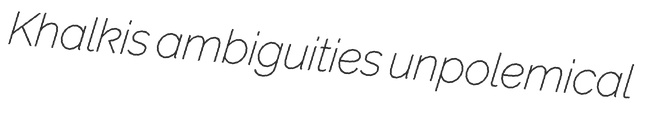
Khalkis ambiguities unpolemical